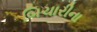
બિચારીના